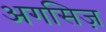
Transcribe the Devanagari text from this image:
अगसिज़